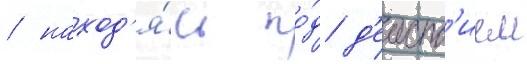
/ наход'я́сь по́д д'еиств'ием